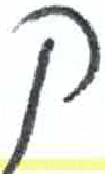
אות: ק